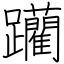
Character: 躪